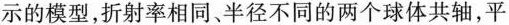
示的模型，折射率相同、半径不同的两个球体共轴，平